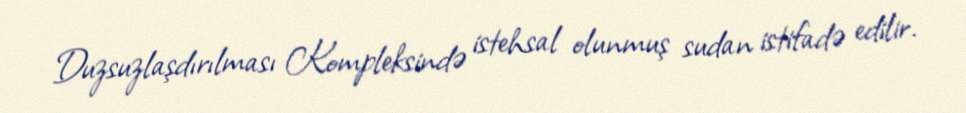
Duzsuzlaşdırılması Kompleksində istehsal olunmuş sudan istifadə edilir.